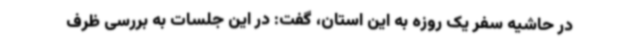
در حاشیه سفر یک روزه به این استان، گفت: در این جلسات به بررسی ظرف